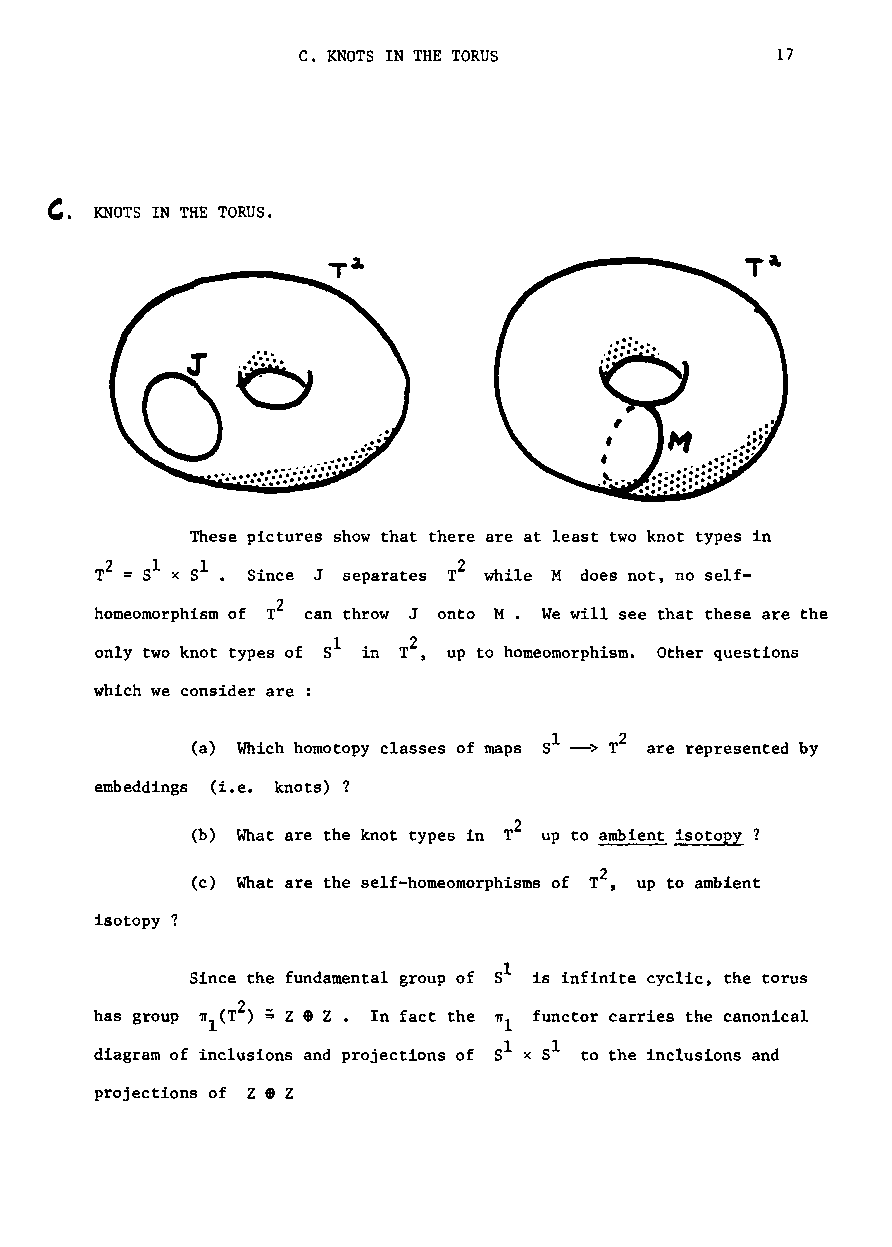
c. KNOTS IN THE TORUS          17
 G.
 KNOTS IN THE TORUS.
 These pictures show that there are at least two knot types in
 T2 = Sl x 51 • Since J separates r2 while M does not, no se1f-
 2
 homeomorphism of T can throw J onto M • We will see that these are the
 only two knot types of Sl in T2 , up to homeomorphism. Other questions
 which we consider are :
 2
 (a) Which homotopy classes of maps 51 --> T are represented by
 embeddings (i.e. knots)?
 2
 (b) What are the knot types in r up to ambient isotopy ?
 2
 (c) What are the self-homeomorphisms of T , up to ambient
 isotopy ?
 Since the fundamental group of 51 is infinite cyclic, the torus
 2
 has group 1T 1(T ) ;: Z• Z • In fact the 11"1 functor carries the canonical
 diagram of inclusZio.ns and projections of Sl x s1 to the inclusions and
 projections of Z